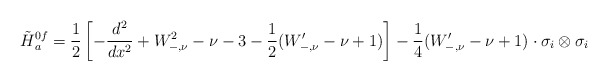
\begin{align*}\tilde{H}{}^{0f}_a=\frac{1}{2}\left[-\frac{d^2}{dx^2}+W_{-,\nu}^2-\nu-3-\frac{1}{2}(W'_{-,\nu}-\nu+1)\right]-\frac{1}{4}(W'_{-,\nu}-\nu+1)\cdot\sigma_i\otimes \sigma_i\end{align*}